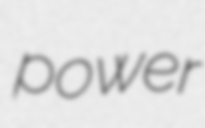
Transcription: power